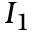
I _ { 1 }